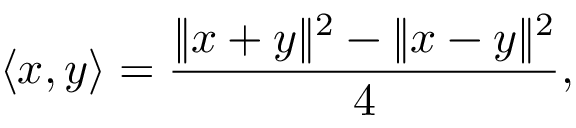
\langle x , y \rangle = { \frac { \| x + y \| ^ { 2 } - \| x - y \| ^ { 2 } } { 4 } } ,